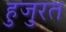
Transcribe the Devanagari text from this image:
हुजुरत